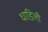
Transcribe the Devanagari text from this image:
धाडिली